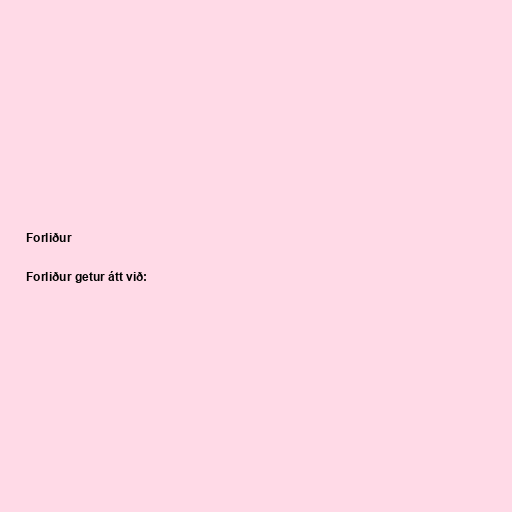
Forliður

Forliður getur átt við: